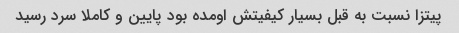
پیتزا نسبت به قبل بسیار کیفیتش اومده بود پایین و کاملا سرد رسید